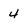
Character: 4